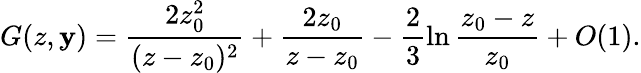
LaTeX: G(z,\mathbf{y})=\frac{{2z_{0}^{2}}}{{(z-z_{0})^{2}}}+\frac{{2z_{0}}}{{z-z_{0}}}-\frac{{2}}{{3}}\ln\frac{{z_{0}-z}}{{z_{0}}}+O(1).